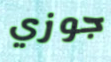
جوزي